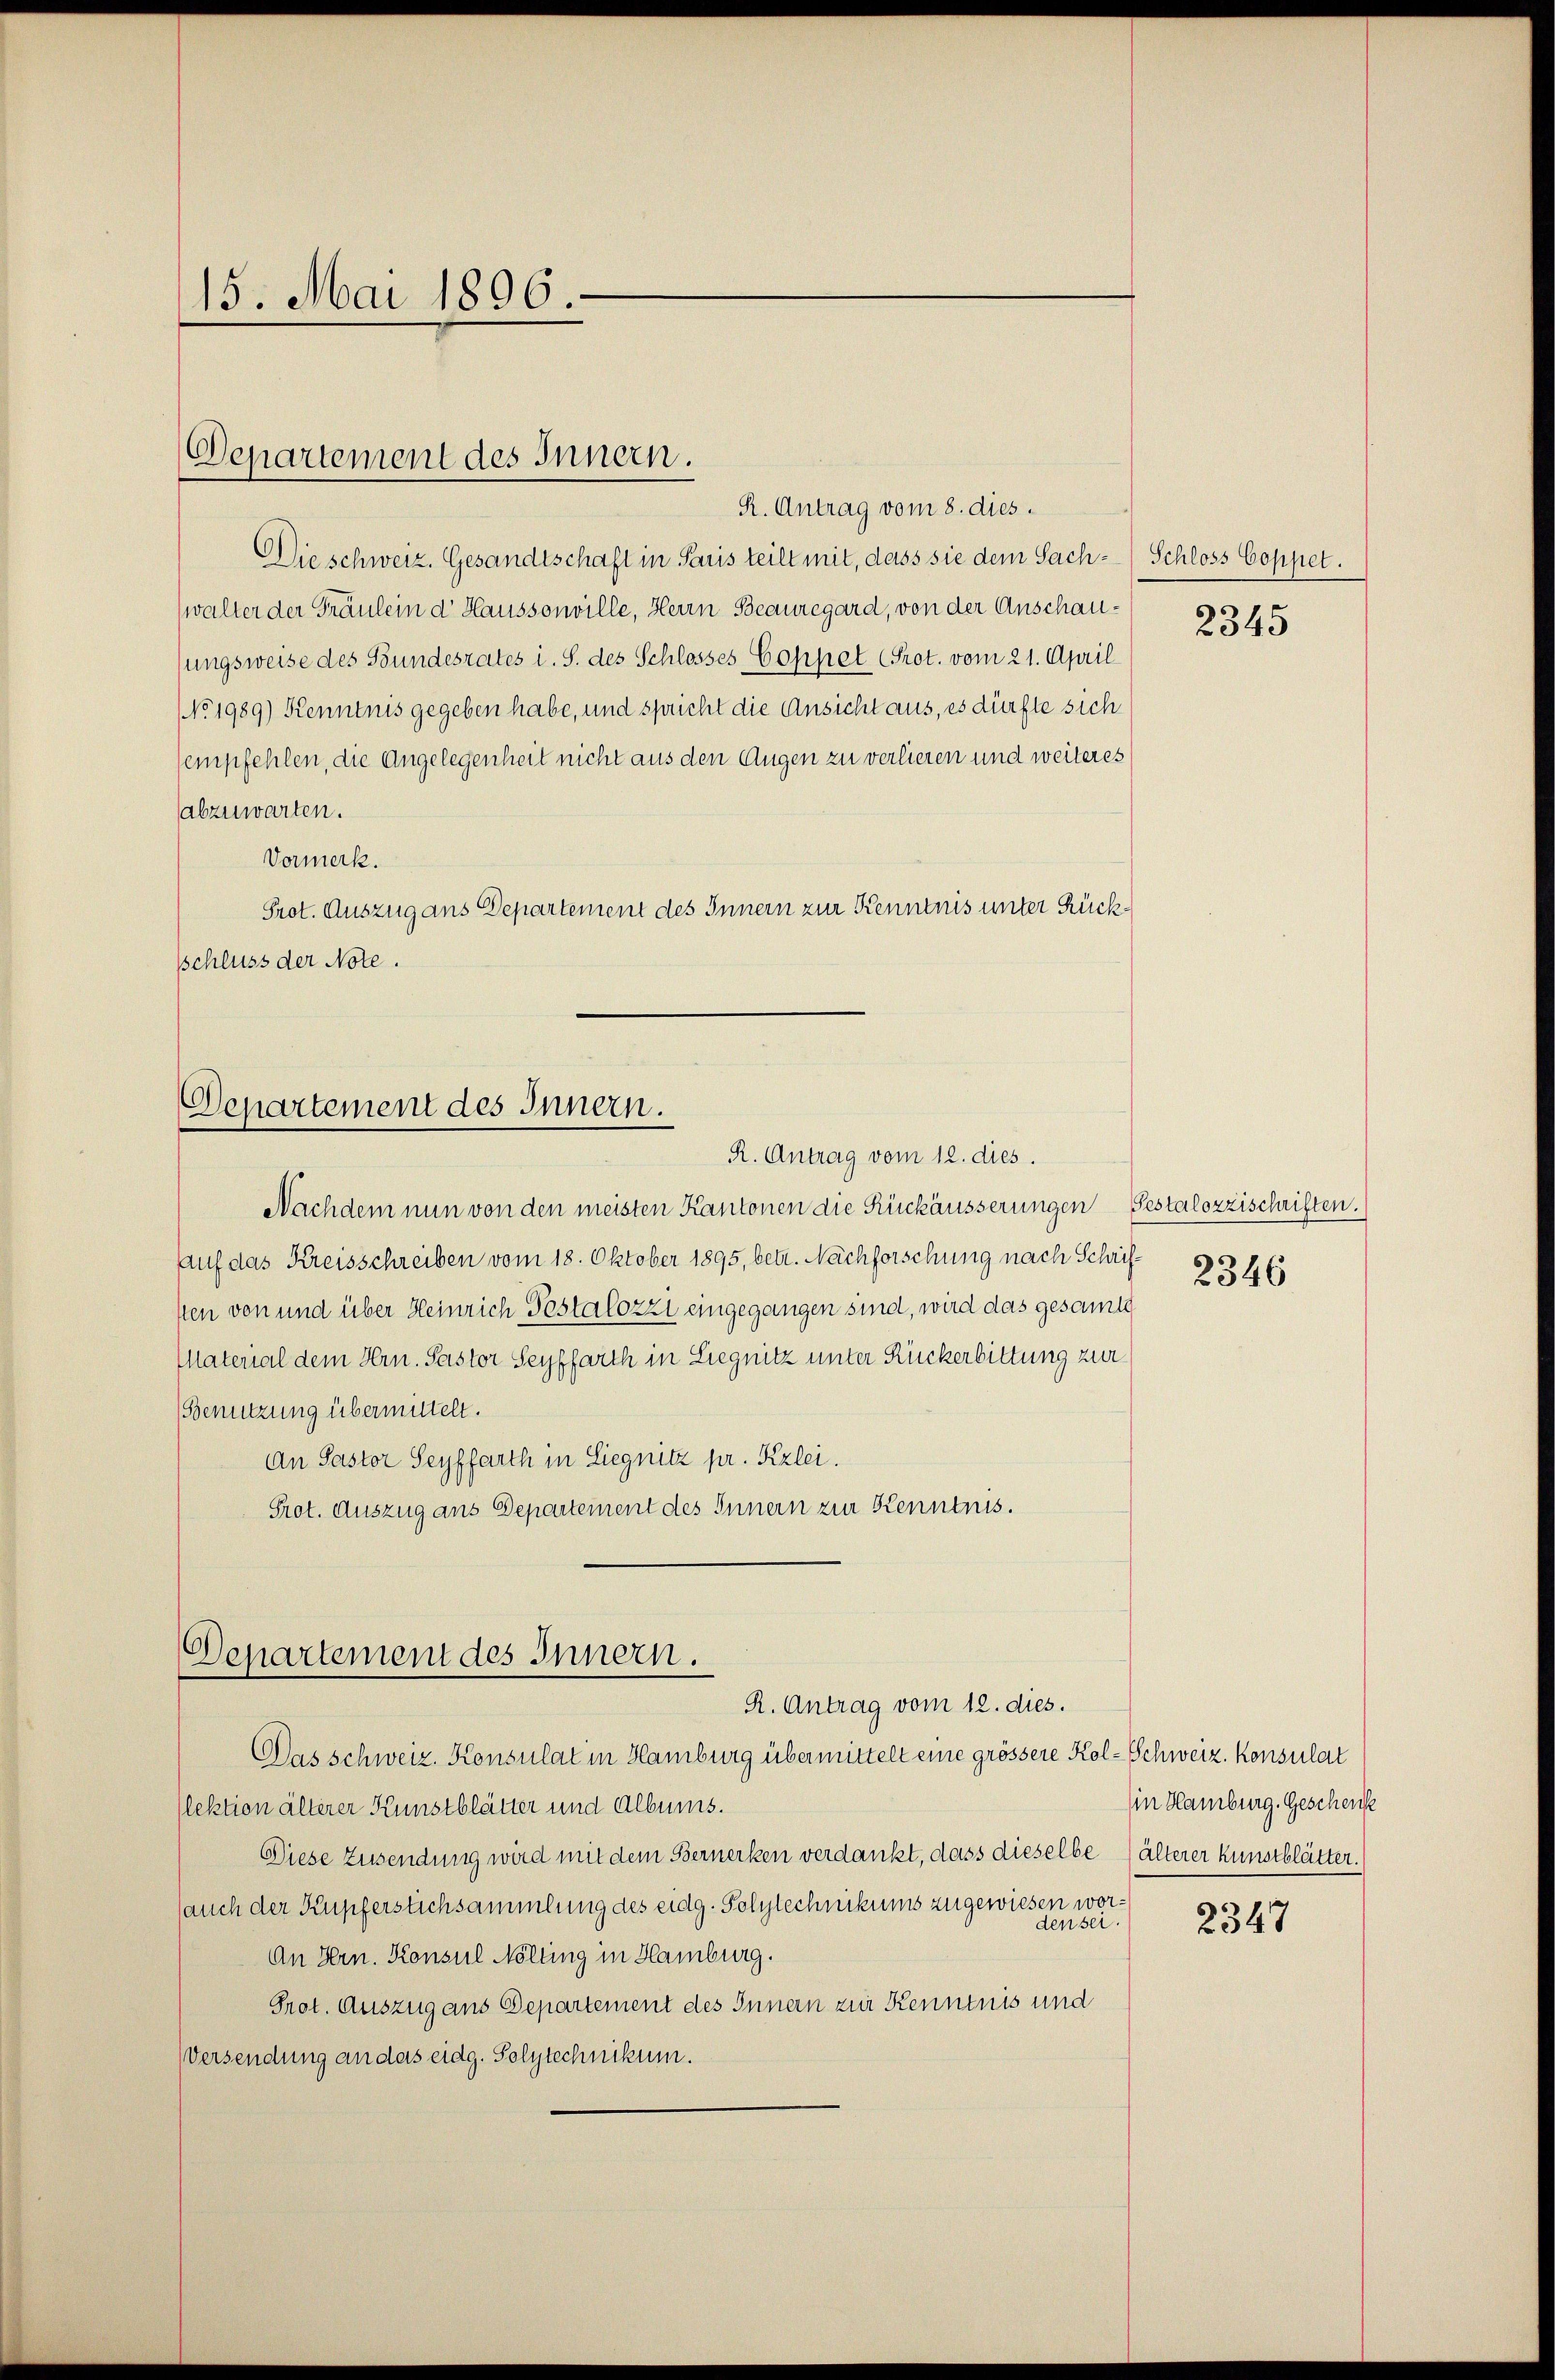
15. Mai 1896.

R. Antrag vom 8. dies
Die schweiz. Gesandtschaft in Paris teilt mit, dass sie dem Sach- (Schloss Coppet.
walter der Fräulein d Haussonville, Herrn Beauregard, von der Anschausungsweise des Bundesrates i. S. des Schlosses Coppet Prot. vom 21. April
No. 1989) Kenntnis gegeben habe, und spricht die Ansicht aus, es dürfte sich
empfehlen, die Angelegenheit nicht aus den Augen zu verlieren und weiteres
sabzuwarten.
Vormerk.
Prot. Auszug aus Departement des Innern zur Kenntnis unter Rückschluss der Note.

Departement des Innern.

Departement des Innern.
R. Antrag vom 12. dies.

Nachdem nun von den meisten Kantonen die Rückäusserungen Pestalozzischriften.
Auf das Kreisschreiben vom 18. Oktober 1895, betr. Nachforschung nach Schrifsten von und über Heinrich Testalozzi eingegangen sind, wird das gesamt
Material dem Hrn. Pastor Seyffarth in Liegnitz unter Ruckerbittung zur
Benutzung übermittelt.
An Pastor Seyffarth in Liegnitz pr. Kzlei.
Prot. Auszug aus Departement des Innern zur Kenntnis.

Departement des Innern.
R. Antrag vom 12. dies.

Das schweiz. Konsulat in Hamburg übermittelt eine grössere Kol-Schweiz. Konsulat
(lektion älterer Kunstblätter und Albums.
Diese Zusendung wird mit dem Bernerken verdankt, dass dieselbe (älterer Kunstblätter.
auch der Kupferstichsammlung des eidg. Polytechnikums zugewiesen worden sei.
An Hrn. Konsul Nölling in Hamburg.
Prot. Auszug aus Departement des Innern zur Kenntnis und
Versendung an das eidg. Polytechnikum.

2345

2346

in Hamburg. Geschenk

2347